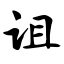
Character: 诅